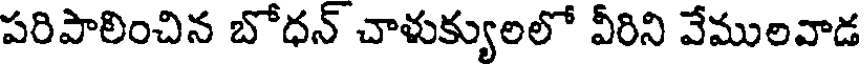
పరిపాలించిన బోధన్ చాళుక్యులలో వీరిని వేములవాడ